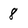
Character: 8